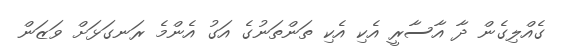
ގެއްލިގެން ދާ އާސާރީ އެކި އެކި ތަންތަނުގެ އަގު އެންމެ ރަނގަޅަށް ވަޒަން